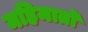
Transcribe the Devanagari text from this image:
महिमातो